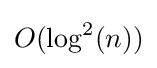
O(\log ^{2}(n))